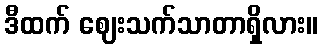
ဒီထက် ဈေးသက်သာတာရှိလား။